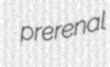
prerenal